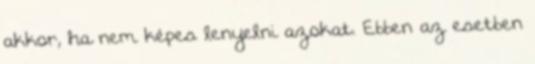
akkor, ha nem képes lenyelni azokat. Ebben az esetben